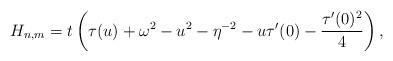
LaTeX: \begin{align*}H_{n,m} = t\left(\tau(u)+\omega^2-u^2-\eta^{-2}-u \tau'(0)-\frac{\tau'(0)^2}{4}\right),\end{align*}